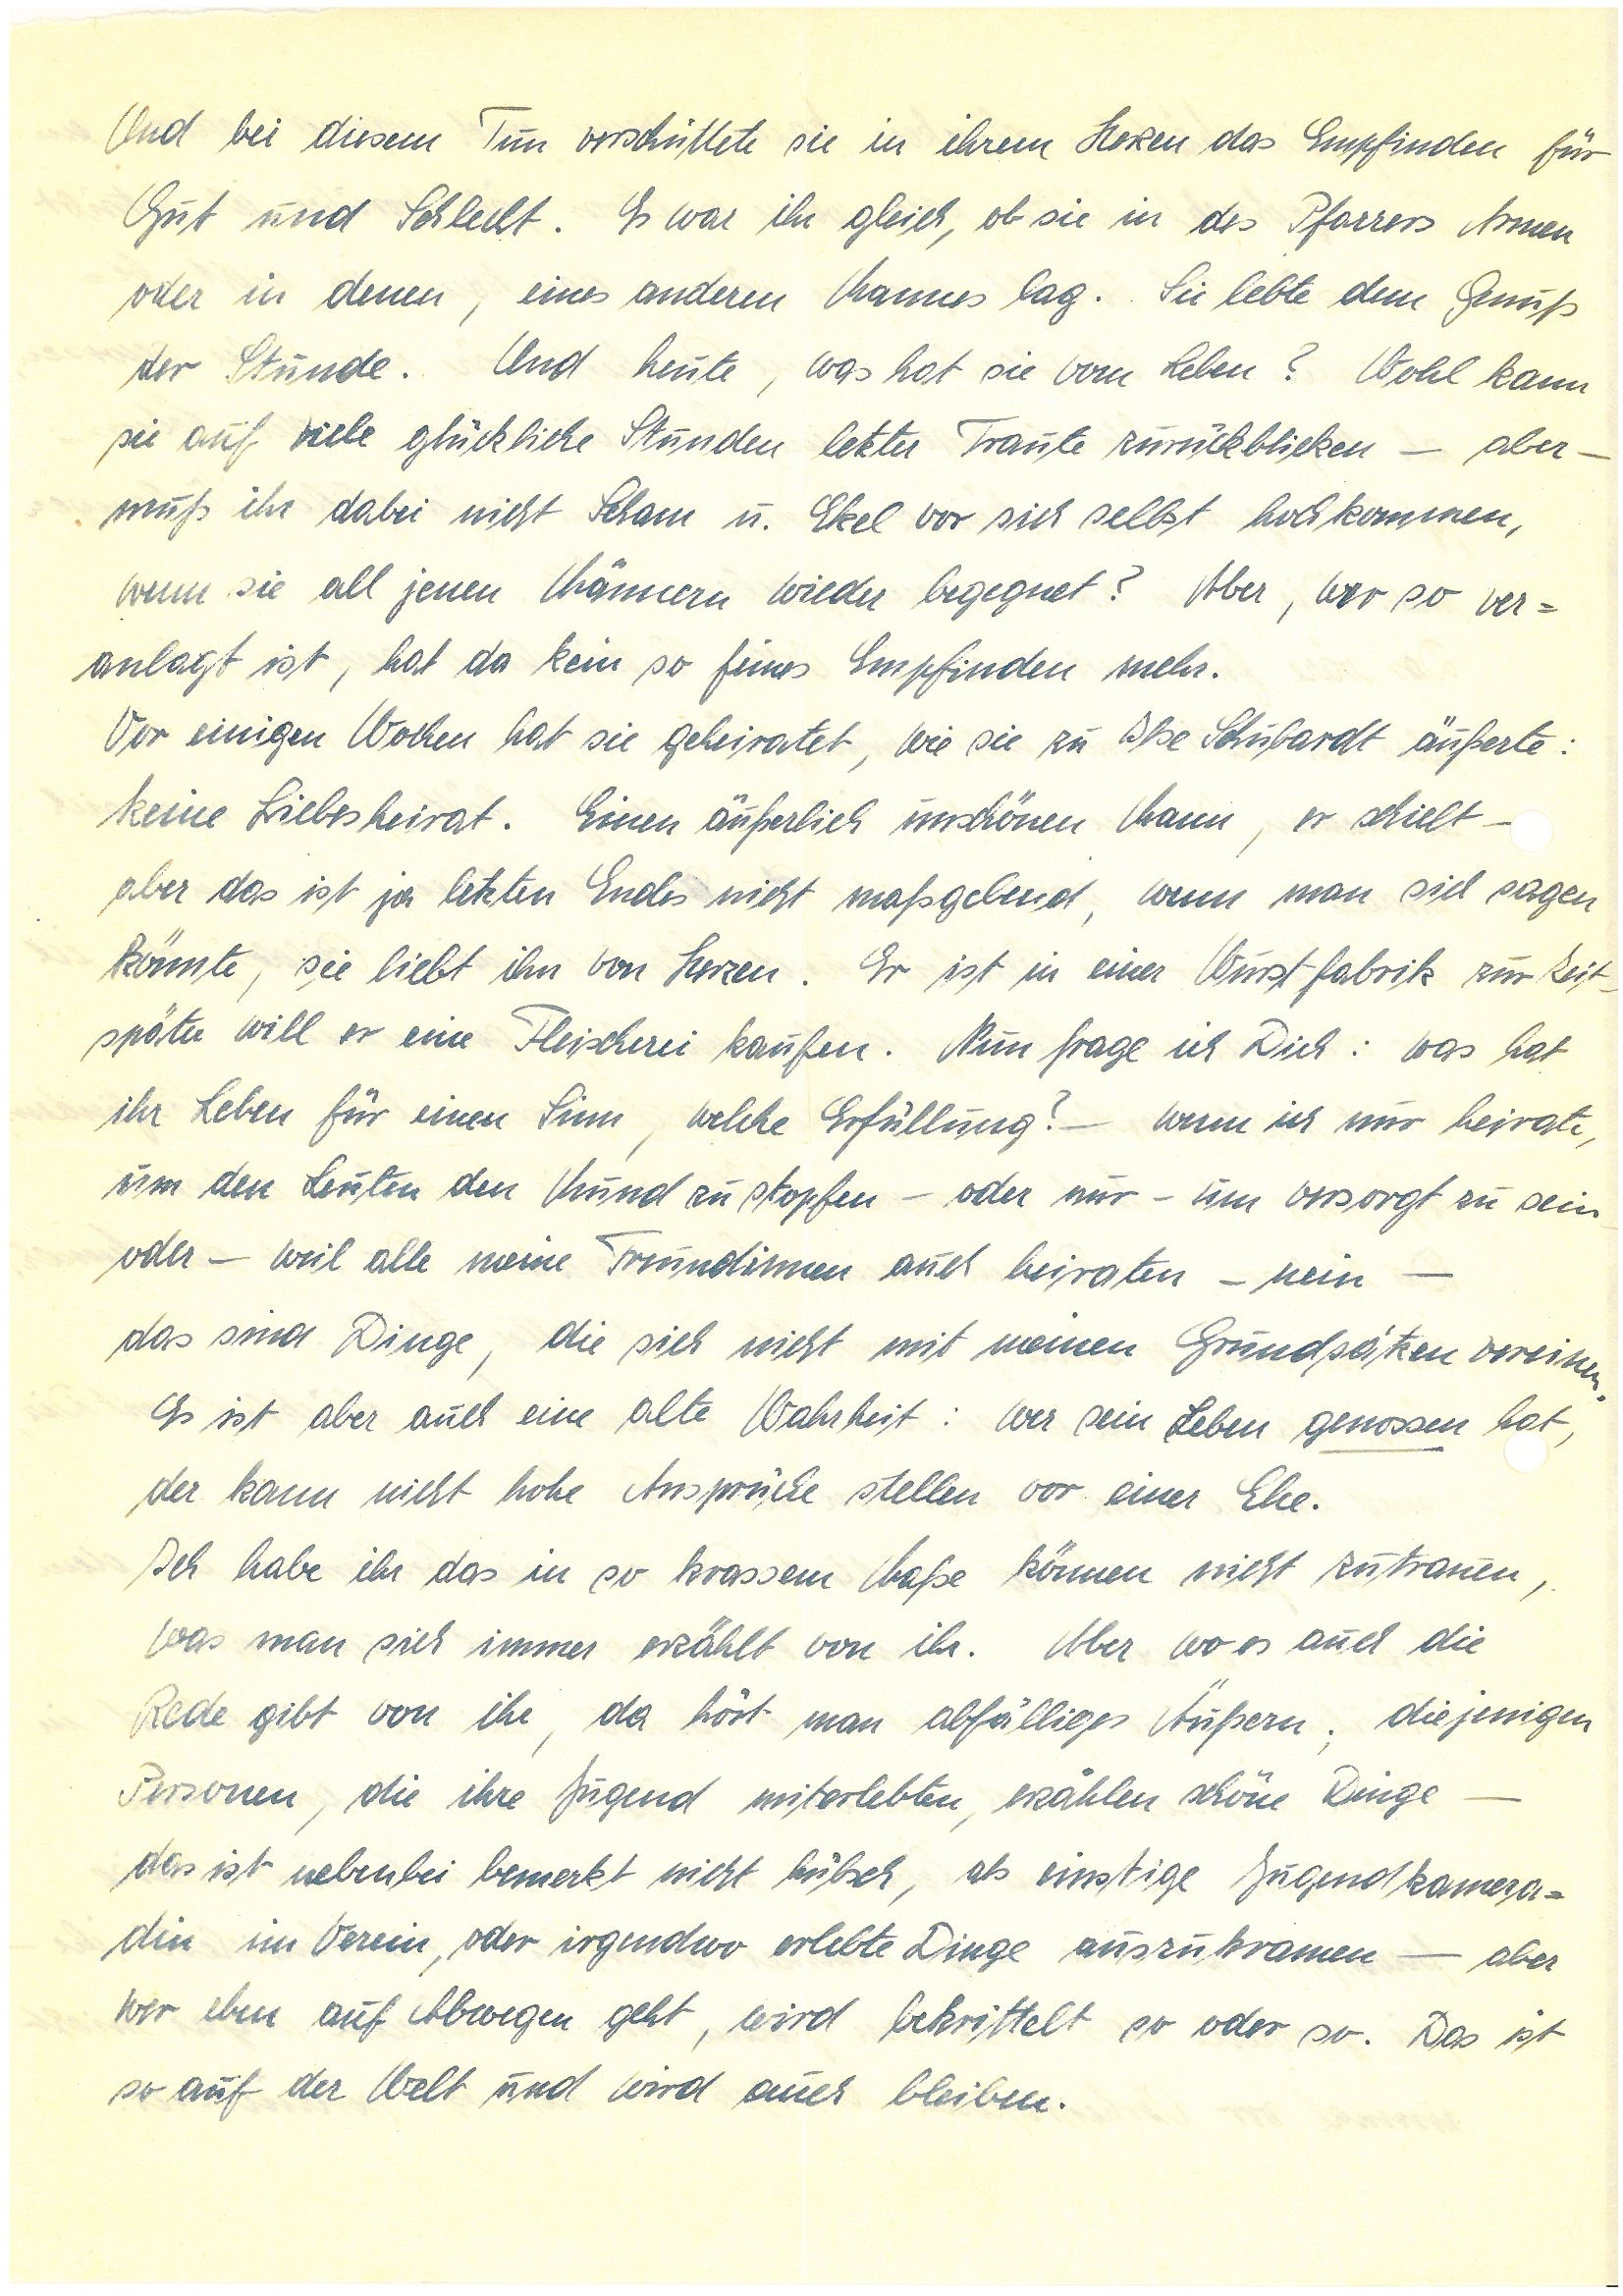
Und bei diesem Tun verschüttete sie in ihrem Herzen das Empfinden für
Gut und Schlecht. Es war ihr gleich, ob sie in des Pfarrers Armen
oder in denen, eines anderen Mannes lag. Sie lebte den Genuß
der Stunde. Und heute, was hat sie vom Leben? Wohl kann
sie auf viele glückliche Stunden letzter Traute zurückblicken – aber –
muß ihr dabei nicht Scham u. Ekel vor sich selbst hochkommen,
wenn sie all jenen Männern wieder begegnet? Aber, wer so ver¬
anlagt ist, hat da kein so feines Empfinden mehr.
Vor einigen Wochen hat sie geheiratet, wie sie zu Ilse S. äußerte:
keine Liebesheirat. Einen äußerlich unschönen Mann, er schielt –
aber das ist ja letzten Endes nicht maßgebend, wenn man sich sagen
könnte, sie liebt ihn von Herzen. Er ist in einer Wurstfabrik zur Zeit,
später will er eine Fleischerei kaufen. Nun frage ich Dich: was hat
ihr Leben für einen Sinn, welche Erfüllung? – wenn ich nur heirate,
um den Leuten den Mund zu stopfen – oder nur – um versorgt zu sein
oder – weil alle meine Freundinnen auch heiraten – nein –
das sind Dinge, die sich nicht mit meinem Grundsätzen vereinen.
Es ist aber auch eine alte Wahrheit: wer sein Leben genossen hat,
der kann nicht hohe Ansprüche stellen vor einer Ehe.
Ich habe ihr das in so krassem Maße können nicht zutrauen,
was man sich immer erzählt von ihr. Aber wo es auch die
Rede gibt von ihr, da hörte man abfälliges Äußern; diejenigen
Personen, die ihre Jugend miterlebten, erzählen schöne Dinge –
das ist nebenbei bemerkt nicht hübsch, als einstige Jugendkamera¬
din im Verein, oder irgendwo erlebte Dinge auszugraben – aber
wer eben auf Abwegen geht, wird bekrittelt so oder so. Das ist
so auf der Welt und wird auch bleiben.